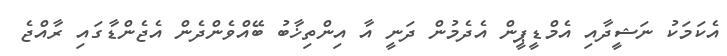
އެކަމަކު ނަޝީދާއި އެމްޑީޕީން އެދެމުން ދަނީ އާ އިންތިޚާބު ބޭއްވެންދެން އެޖެންޑާގައި ރާއްޖެ